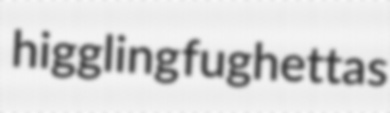
higgling fughettas